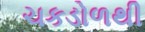
ચકડોળથી